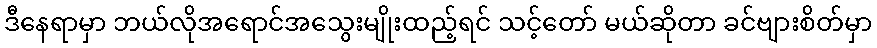
ဒီနေရာမှာ ဘယ်လိုအရောင်အသွေးမျိုးထည့်ရင် သင့်တော် မယ်ဆိုတာ ခင်ဗျားစိတ်မှာ